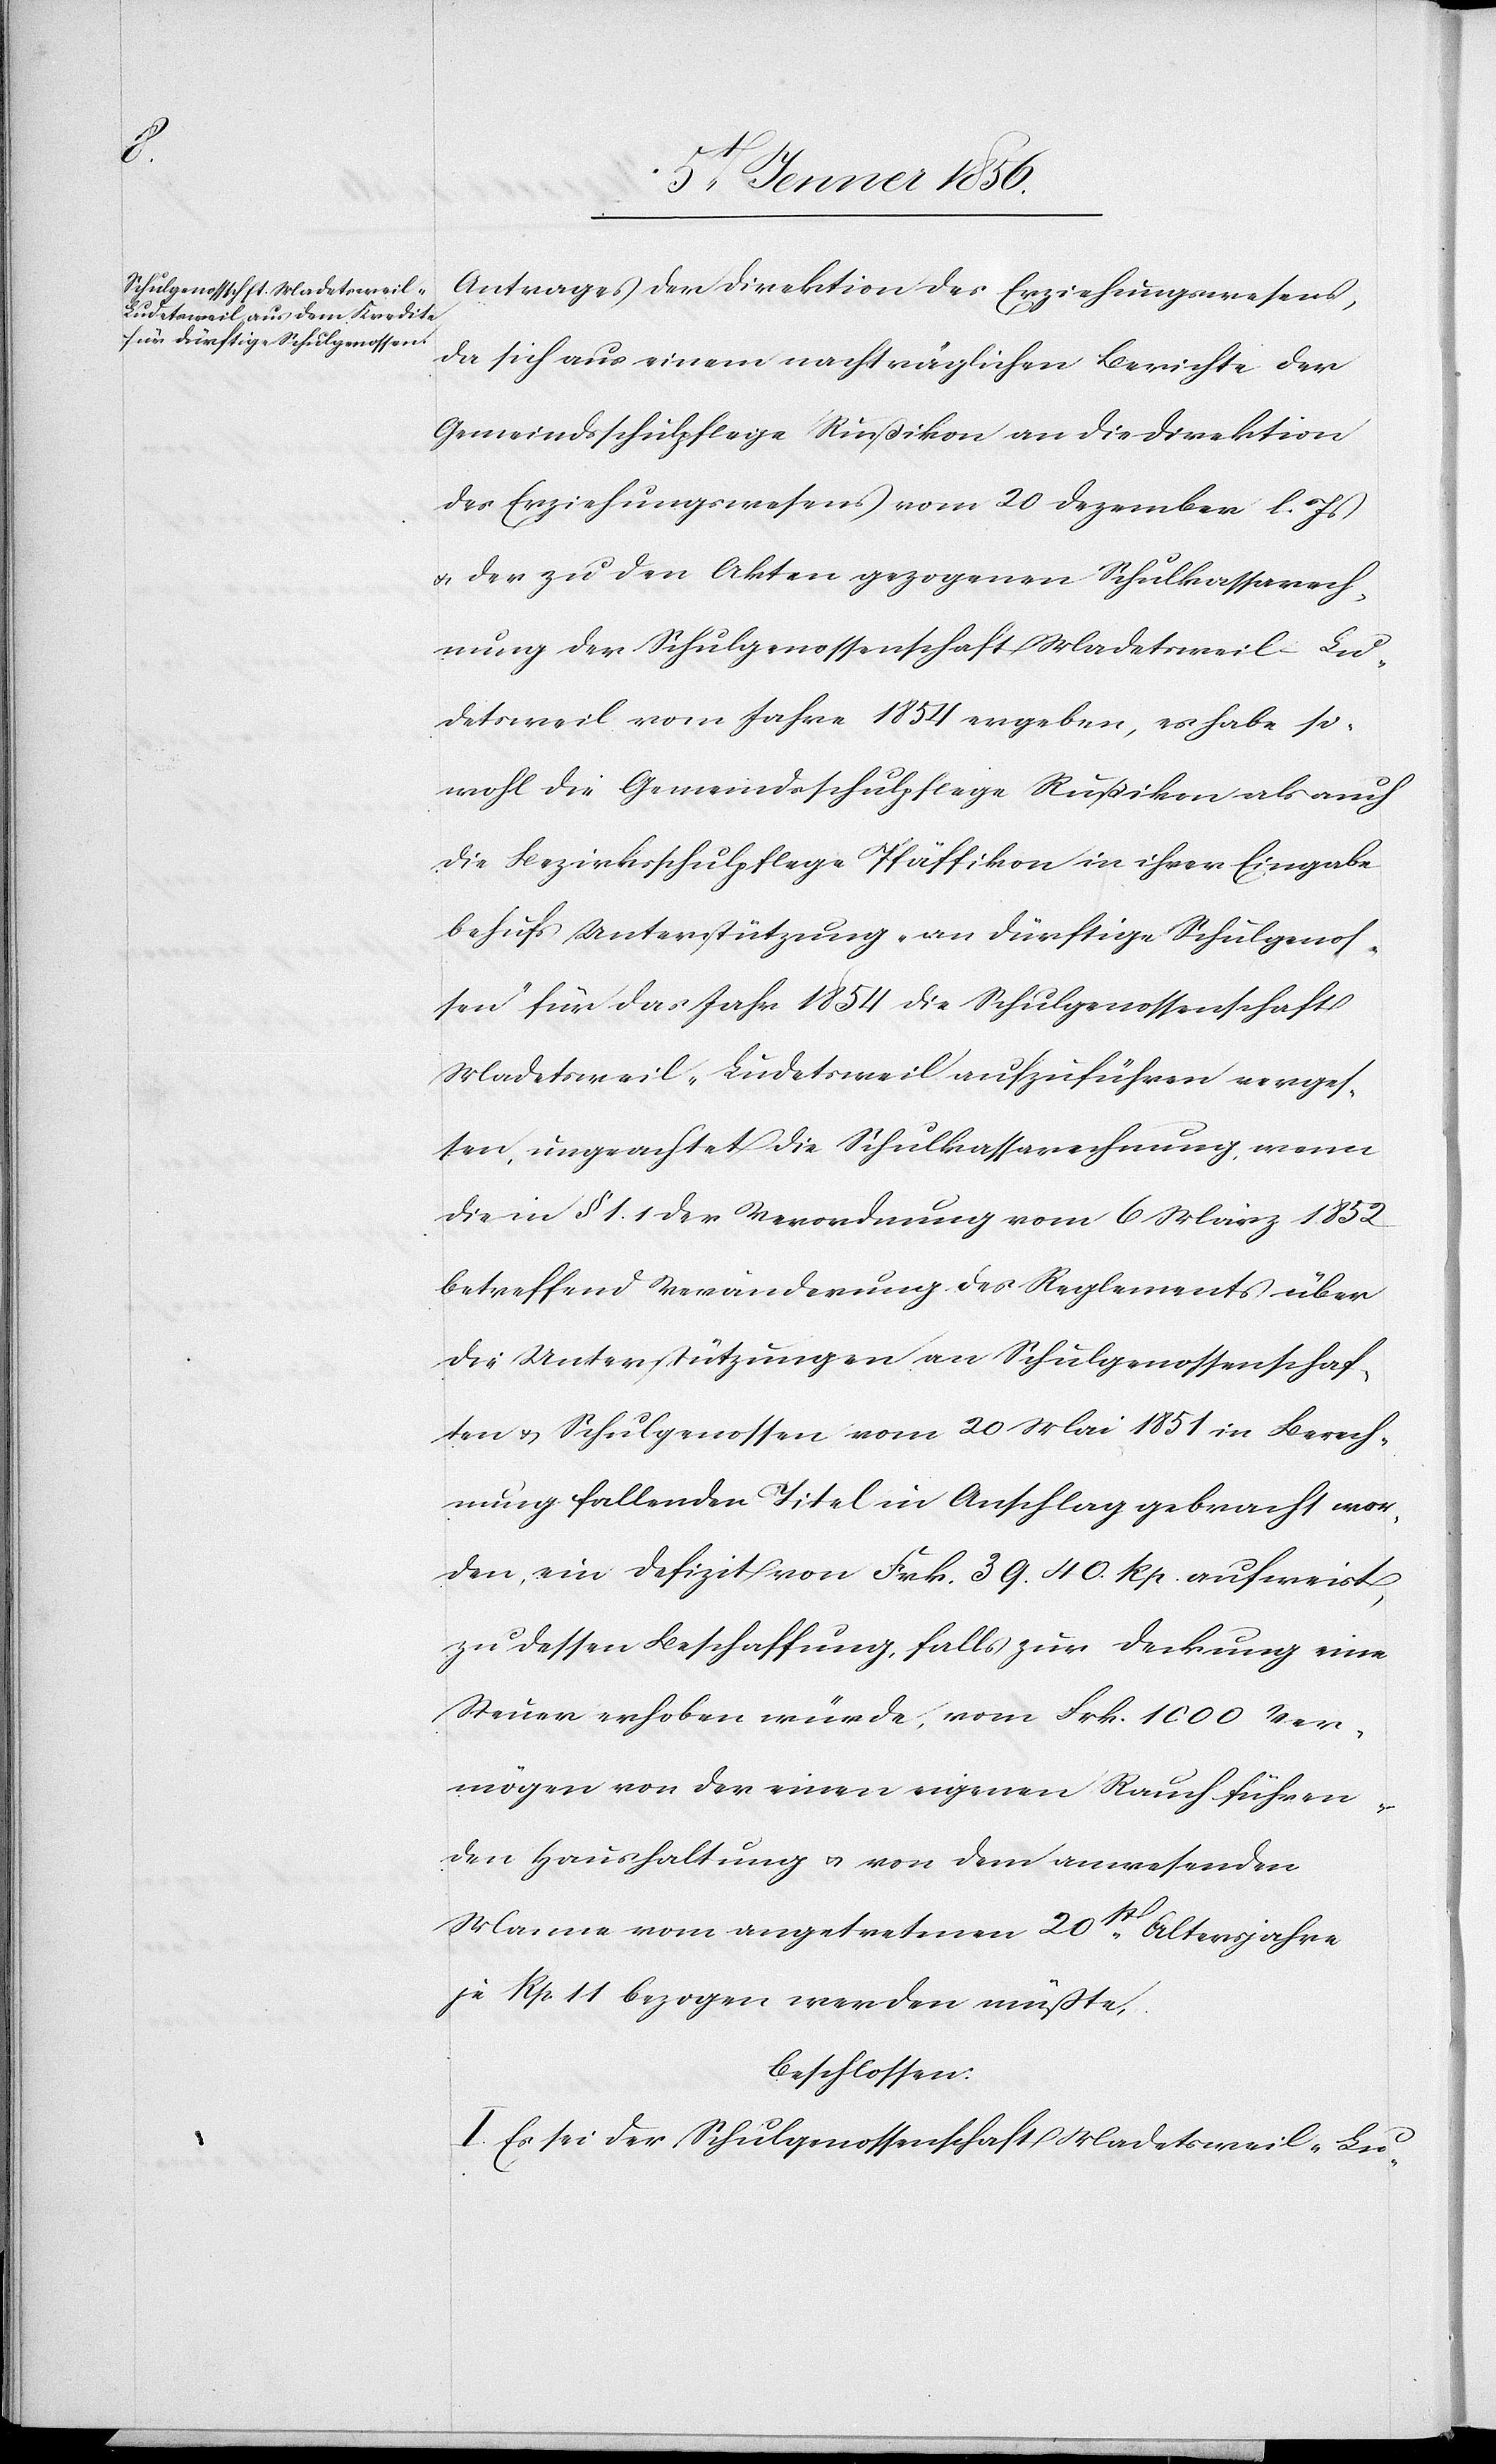
Antrages der Direktion des Erziehungswesens,
da sich aus einem nachträglichen Berichte der
Gemeindsschulpflege Rußikon an die Direktion
des Erziehungswesens vom 20 Dezember l. Js
u. der zu den Akten gezogenen Schulkassarech¬
nung der Schulgenossenschaft Madetsweil-Lud¬
detsweil [sic!] vom Jahre 1854 ergeben, es habe so¬
wohl die Gemeindsschulpflege Rußikon als auch
die Bezirksschulpflege Pfäffikon in ihrer Eingabe
behufs Unterstützung „an dürftige Schulgenos¬
sen“ für das Jahr 1854 die Schulgenossenschaft
Madetsweil-Ludetsweil aufzuführen verges¬
sen, ungeachtet die Schulkassarechnung, wenn
die in § 1.1 der Verordnung vom 6 März 1852
betreffend Veränderung des Reglements über
die Unterstützungen an Schulgenossenschaf¬
ten u. Schulgenossen vom 20 Mai 1851 in Berech¬
nung fallende Titel in Anschlag gebracht wer¬
den, ein Defizit von Frk. 39.40 Rp. aufweist,
zu dessen Beschaffung, falls zur Deckung eine
Steuer erhoben würde, vom Frk. 1000 Ver¬
mögen von der einen eigenen Rauch führen¬
den Haushaltung u. von dem anwesenden
Manne vom angetretenen 20st Altersjahre
je Rp. 11 bezogen werden müßte,
beschlossen:
I. Es sei der Schulgenossenschaft Madetsweil-Lu-